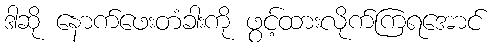
ဒါဆို နောက်ဖေးတံခါးကို ဖွင့်ထားလိုက်ကြရအောင်